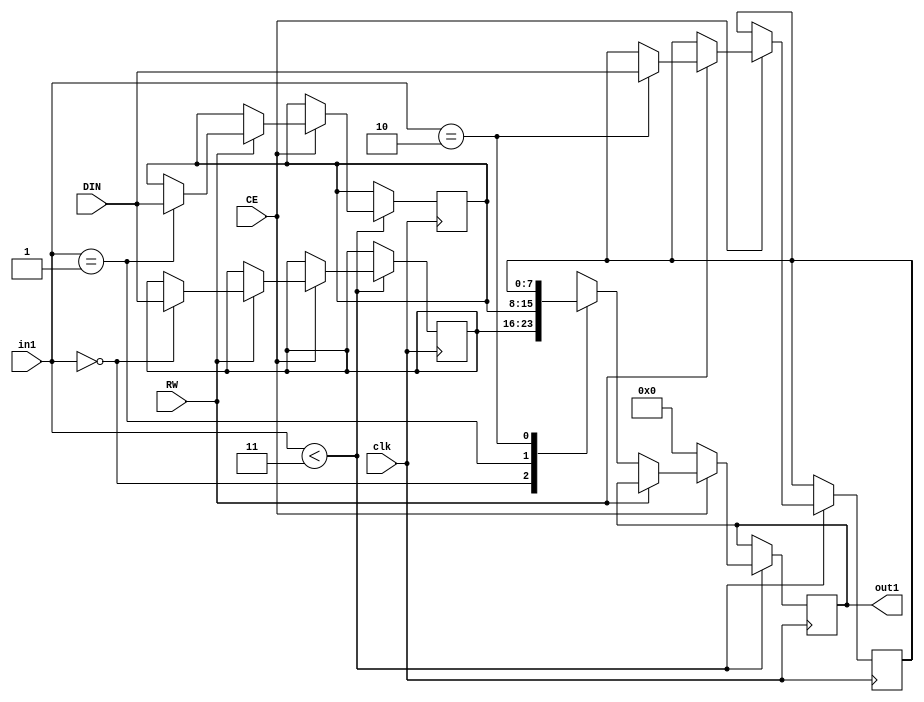
// Generated by stratus_hls 21.20-p100  (96289.240513)
// Mon May 15 09:19:21 2023
// from ../Filter.cpp

`timescale 1ps / 1ps


module Filter_RAM_3X8_1( DIN, CE, RW, in1, out1, clk );

    input [7:0] DIN;
    input CE;
    input RW;
    input [1:0] in1;
    input clk;
    output [7:0] out1;
    reg [7:0] out1;
    reg[7:0] mem[2:0];

    
always @(posedge clk)
      begin : Filter_RAM_3X8_1_thread_1
        if (in1 < 2'd3) 
          begin
            if (CE) 
              begin
                if (RW) 
                  begin
                    mem[in1] = DIN;
                  end 
                else 
                  begin
                    out1 <= mem[in1];
                  end
              end 
            else 
              begin
                out1 <= 8'd000;
              end
          end 
      end

endmodule